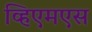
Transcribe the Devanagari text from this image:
व्हिएमएस